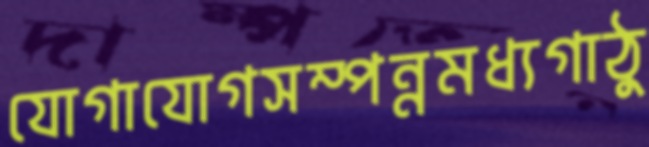
যোগাযোগসম্পন্নমধ্যগাঠু